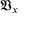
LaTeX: { \mathfrak { V } } _ { x }